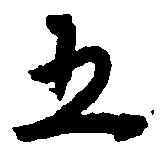
五